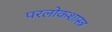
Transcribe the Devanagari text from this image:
परलोकशास्त्र